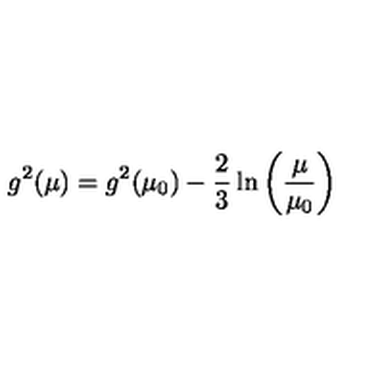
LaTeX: g ^ { 2 } ( \mu ) = g ^ { 2 } ( \mu _ { 0 } ) - { \frac { 2 } { 3 } } \ln \left( { \frac { \mu } { \mu _ { 0 } } } \right)